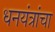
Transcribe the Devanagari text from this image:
धनयंत्रांचा